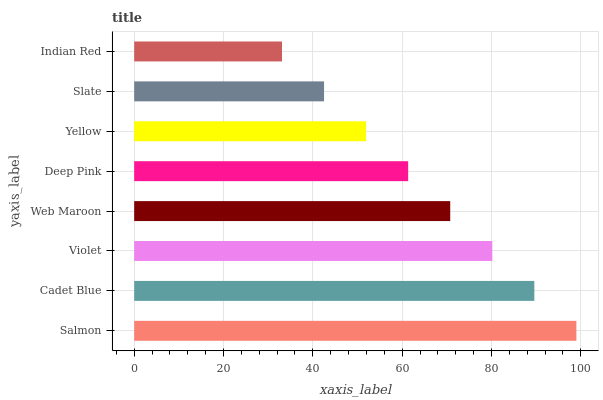
| yaxis_label | bars |
 | --- | --- |
 | Salmon | 99 |
 | Cadet Blue | 89.6 |
 | Violet | 80.2 |
 | Web Maroon | 70.8 |
 | Deep Pink | 61.3 |
 | Yellow | 51.9 |
 | Slate | 42.5 |
 | Indian Red | 33.1 |